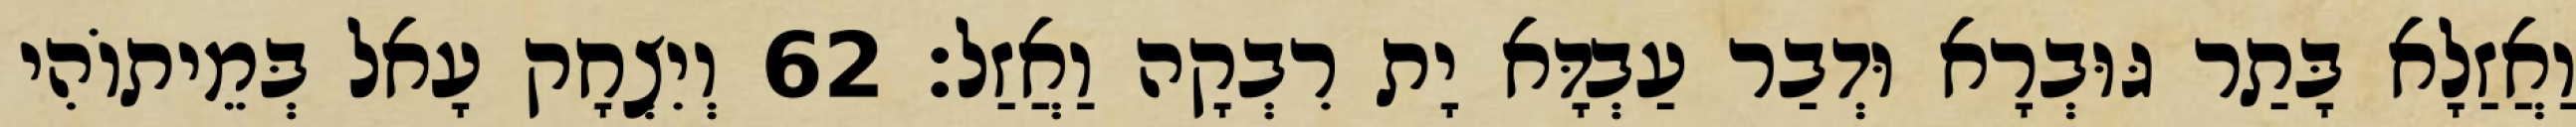
וַאֲזַלָא בָּתַר גּוּבְרָא וּדְבַר עַבְדָּא יָת רִבְקָה וַאֲזַל׃ 62 וְיִצְחָק עָאל בְּמֵיתוֹהִי